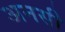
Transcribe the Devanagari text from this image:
अनसी